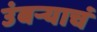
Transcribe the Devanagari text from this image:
उंबऱ्याचं